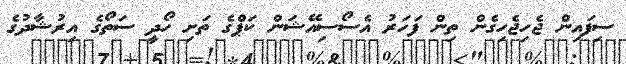
ސިފައިން ޖެހިޖެހިގެން ތިން ފަހަރު އެސޯސިއޭޝަން ކަޕްގެ ތަށި ހޯދީ ސަތޯގެ އިރުޝާދުގެ